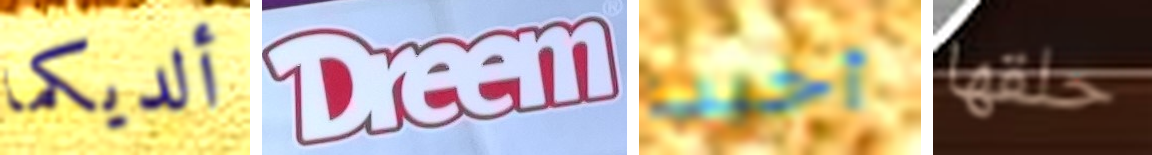
ألديكما Dreem أخيب حلقها